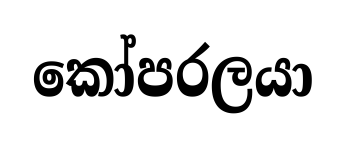
කෝපරලයා